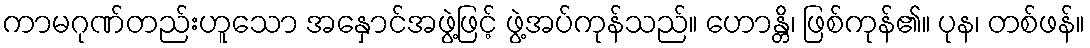
ကာမဂုဏ်တည်းဟူသော အနှောင်အဖွဲ့ဖြင့် ဖွဲ့အပ်ကုန်သည်။ ဟောန္တိ၊ ဖြစ်ကုန်၏။ ပုန၊ တစ်ဖန်။